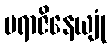
ပရာဇိနေယျုံ